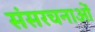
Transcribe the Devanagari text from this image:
संसरचनाओं